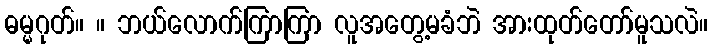
ဓမ္မဂုတ်။ ။ ဘယ်လောက်ကြာကြာ လူအတွေ့မခံဘဲ အားထုတ်တော်မူသလဲ။